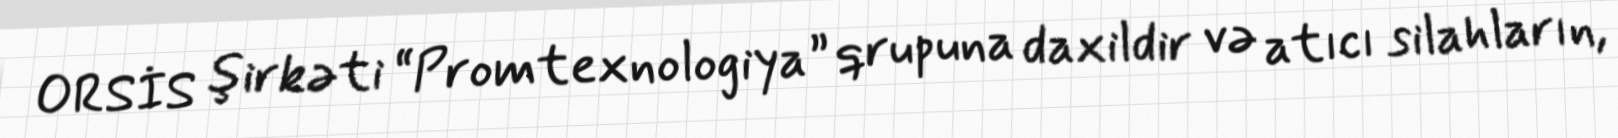
ORSİS şirkəti “Promtexnologiya” qrupuna daxildir və atıcı silahların,